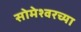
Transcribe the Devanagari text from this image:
सोमेश्वरच्या